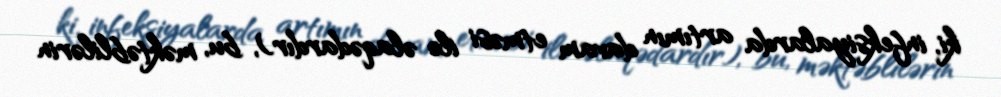
ki, infeksiyalarda artımın davam etməsi ilə əlaqədardır), bu, məktəblilərin